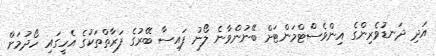
އަދި ދަނޑުވެރިންގެ އިންވެސްޓްމަންޓަށް ބޭނުންވާނެ ލޯނު ފައިސާ ބޭރުގެ ފަރާތްތަކުގެ އެހީގައި ހޯދުމަށް